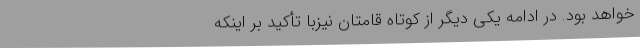
خواهد بود. در ادامه یکی دیگر از کوتاه قامتان نیزبا تأکید بر اینکه